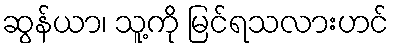
ဆွန်ယာ၊ သူ့ကို မြင်ရသလားဟင်